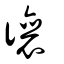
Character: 忀